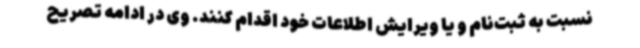
نسبت به ثبت‌نام و یا ویرایش اطلاعات خود اقدام کنند. وی در ادامه تصریح